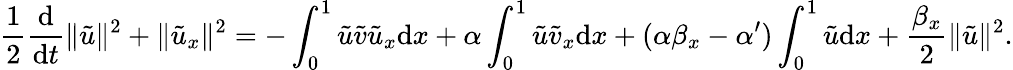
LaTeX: \frac 12\frac{\mathrm{d}}{\mathrm{d}t}\| \tilde{u}\| ^{2}+\| \tilde{u}_{x}\| ^{2}=-\int_{0}^{1}\tilde{u}\tilde{v}\tilde{u}_{x}\mathrm{d}x+\alpha\int_{0}^{1}\tilde{u}\tilde{v}_{x}\mathrm{d}x+(\alpha\beta_{x}-\alpha^{\prime})\int_{0}^{1}\tilde{u}\mathrm{d}x+\frac{\beta_{x}}{2}\| \tilde{u}\| ^{2}.